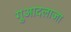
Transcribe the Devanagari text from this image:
गुआदलाजा